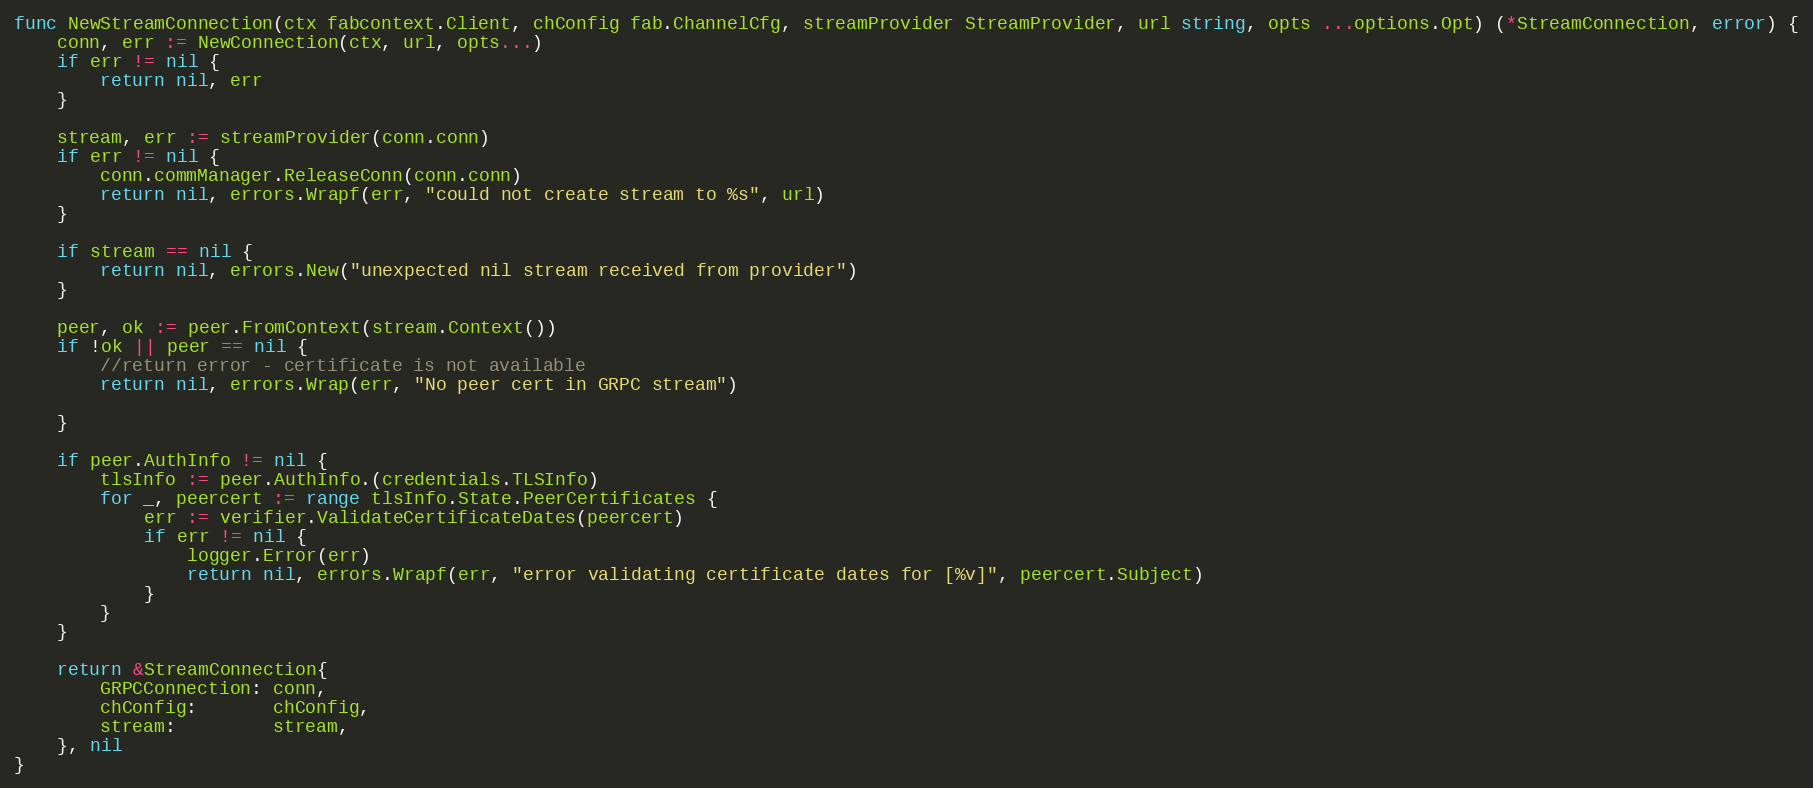
Language: Go
func NewStreamConnection(ctx fabcontext.Client, chConfig fab.ChannelCfg, streamProvider StreamProvider, url string, opts ...options.Opt) (*StreamConnection, error) {
	conn, err := NewConnection(ctx, url, opts...)
	if err != nil {
		return nil, err
	}

	stream, err := streamProvider(conn.conn)
	if err != nil {
		conn.commManager.ReleaseConn(conn.conn)
		return nil, errors.Wrapf(err, "could not create stream to %s", url)
	}

	if stream == nil {
		return nil, errors.New("unexpected nil stream received from provider")
	}

	peer, ok := peer.FromContext(stream.Context())
	if !ok || peer == nil {
		//return error - certificate is not available
		return nil, errors.Wrap(err, "No peer cert in GRPC stream")

	}

	if peer.AuthInfo != nil {
		tlsInfo := peer.AuthInfo.(credentials.TLSInfo)
		for _, peercert := range tlsInfo.State.PeerCertificates {
			err := verifier.ValidateCertificateDates(peercert)
			if err != nil {
				logger.Error(err)
				return nil, errors.Wrapf(err, "error validating certificate dates for [%v]", peercert.Subject)
			}
		}
	}

	return &StreamConnection{
		GRPCConnection: conn,
		chConfig:       chConfig,
		stream:         stream,
	}, nil
}